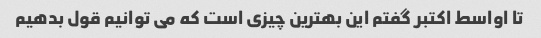
تا اواسط اکتبر گفتم این بهترین چیزی است که می توانیم قول بدهیم